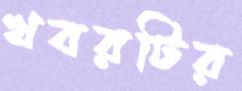
খবরটির